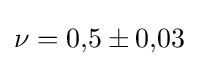
\nu =0{,}5\pm 0{,}03